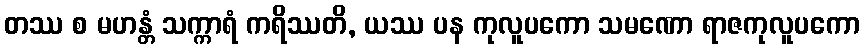
တဿ စ မဟန္တံ သက္ကာရံ ကရိဿတိ, ယဿ ပန ကုလူပကော သမဏော ရာဇကုလူပကော